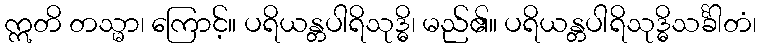
ဣတိ တသ္မာ၊ ကြောင့်။ ပရိယန္တပါရိသုဒ္ဓိ၊ မည်၏။ ပရိယန္တပါရိသုဒ္ဓိသင်္ခါတံ၊